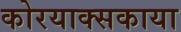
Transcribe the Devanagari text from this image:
कोरयाक्सकाया